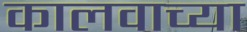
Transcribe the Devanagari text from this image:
कालवाच्या